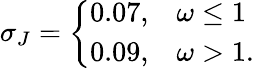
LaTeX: \sigma_{J}=\left\{ \begin{array}{ll}{0.07,}&{\omega\leq 1}\\ {0.09,}&{\omega>1.}\end{array}\right.